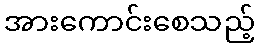
အားကောင်းစေသည့်